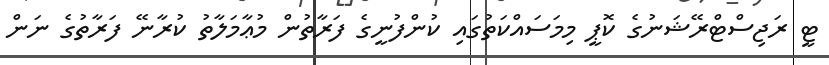
ޓީ ރަޖިސްޓްރޭޝަނުގެ ކޮޕީ މިމަސައްކަތުގައި ކުންފުނީގެ ފަރާތުން މުޢާމަލާތު ކުރާނޭ ފަރާތުގެ ނަން